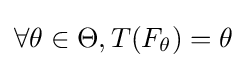
\forall \theta \in \Theta ,T(F_{\theta })=\theta